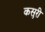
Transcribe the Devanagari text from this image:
कसुरी